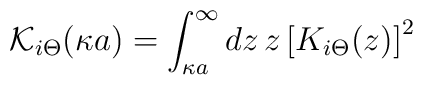
{\mathcal K_{i \Theta}} (\kappa a) = \int_{\kappa a}^{\infty} d z \, z \left[ K_{i \Theta} (z) \right]^{2} \;